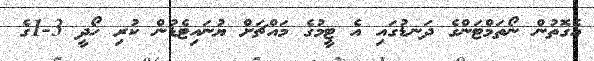
އެގޮތުން ނޯތަމްޓަންގެ ދަނޑުގައި އެ ޓީމުގެ މައްޗަށް ޔުނައިޓެޑުން ކުރި ހޯދީ 3-1ގެ